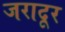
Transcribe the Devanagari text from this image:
जरादूर